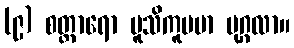
(၉) စတ္တာရော မူသိကူပမာ ပုဂ္ဂလာ။